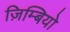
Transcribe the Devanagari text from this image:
ज़िम्बियो